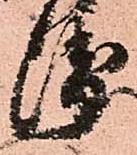
衛